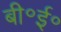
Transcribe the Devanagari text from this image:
बी॰ई॰